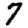
Digit: 7